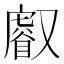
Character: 𠮈